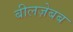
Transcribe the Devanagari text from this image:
बीलज़ेबब